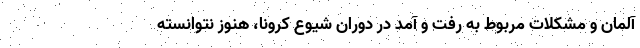
آلمان و مشکلات مربوط به رفت و آمد در دوران شیوع کرونا، هنوز نتوانسته